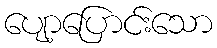
ပျော့ပြောင်းသော